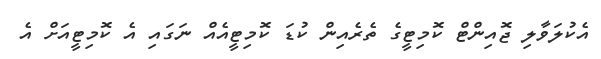
އެކުލަވާލި ޖޮއިންޓް ކޮމިޓީގެ ތެރެއިން ކުޑަ ކޮމިޓީއެއް ނަގައި އެ ކޮމިޓީއަށް އެ